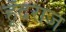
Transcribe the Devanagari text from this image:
हूँदराज